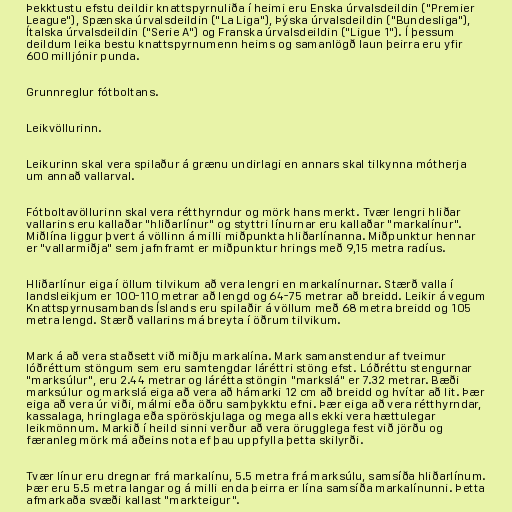
Þekktustu efstu deildir knattspyrnuliða í heimi eru Enska úrvalsdeildin ("Premier
League"), Spænska úrvalsdeildin ("La Liga"), Þýska úrvalsdeildin ("Bundesliga"),
Ítalska úrvalsdeildin ("Serie A") og Franska úrvalsdeildin ("Ligue 1"). Í þessum
deildum leika bestu knattspyrnumenn heims og samanlögð laun þeirra eru yfir
600 milljónir punda.

Grunnreglur fótboltans.

Leikvöllurinn.

Leikurinn skal vera spilaður á grænu undirlagi en annars skal tilkynna mótherja
um annað vallarval.

Fótboltavöllurinn skal vera rétthyrndur og mörk hans merkt. Tvær lengri hliðar
vallarins eru kallaðar "hliðarlínur" og styttri línurnar eru kallaðar "markalínur".
Miðlína liggur þvert á völlinn á milli miðpunkta hliðarlínanna. Miðpunktur hennar
er "vallarmiðja" sem jafnframt er miðpunktur hrings með 9,15 metra radíus.

Hliðarlínur eiga í öllum tilvikum að vera lengri en markalínurnar. Stærð valla í
landsleikjum er 100-110 metrar að lengd og 64-75 metrar að breidd. Leikir á vegum
Knattspyrnusambands Íslands eru spilaðir á völlum með 68 metra breidd og 105
metra lengd. Stærð vallarins má breyta í öðrum tilvikum.

Mark á að vera staðsett við miðju markalína. Mark samanstendur af tveimur
lóðréttum stöngum sem eru samtengdar láréttri stöng efst. Lóðréttu stengurnar
"marksúlur", eru 2.44 metrar og lárétta stöngin "markslá" er 7.32 metrar. Bæði
marksúlur og markslá eiga að vera að hámarki 12 cm að breidd og hvítar að lit. Þær
eiga að vera úr viði, málmi eða öðru samþykktu efni. Þær eiga að vera rétthyrndar,
kassalaga, hringlaga eða spöröskjulaga og mega alls ekki vera hættulegar
leikmönnum. Markið í heild sinni verður að vera örugglega fest við jörðu og
færanleg mörk má aðeins nota ef þau uppfylla þetta skilyrði.

Tvær línur eru dregnar frá markalínu, 5.5 metra frá marksúlu, samsíða hliðarlínum.
Þær eru 5.5 metra langar og á milli enda þeirra er lína samsíða markalínunni. Þetta
afmarkaða svæði kallast "markteigur".